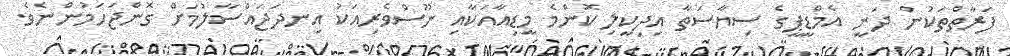
ފަރާތްތަކުން ދަނީ އެމްޑީޕީގެ ސިޔާސަތާ އިދިކީލި ކޮންމެ މީޑިއާއަކާއި ނޫސްވެރިއަކު އިނދަޖައްސާލުމަށް ގޮންޖަހަމުންނެވެ.